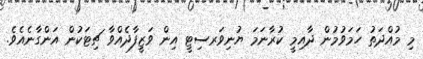
މި މުއްދަތު ހަމަވުމުން ދާއިމީ ކުރާނަމަ ޔުނިވަރސިޓީ އިން ވަޒީފާދެއްވާ ޗިޓަކުން އަންގާނެއެވެ.